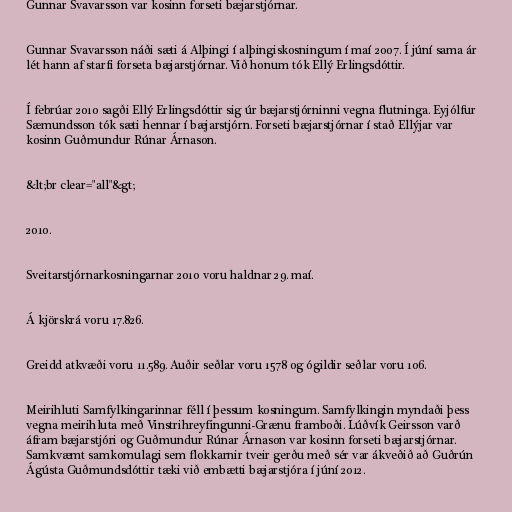
Gunnar Svavarsson var kosinn forseti bæjarstjórnar.

Gunnar Svavarsson náði sæti á Alþingi í alþingiskosningum í maí 2007. Í júní sama ár
lét hann af starfi forseta bæjarstjórnar. Við honum tók Ellý Erlingsdóttir.

Í febrúar 2010 sagði Ellý Erlingsdóttir sig úr bæjarstjórninni vegna flutninga. Eyjólfur
Sæmundsson tók sæti hennar í bæjarstjórn. Forseti bæjarstjórnar í stað Ellýjar var
kosinn Guðmundur Rúnar Árnason.

&lt;br clear="all"&gt;

2010.

Sveitarstjórnarkosningarnar 2010 voru haldnar 29. maí.

Á kjörskrá voru 17.826.

Greidd atkvæði voru 11.589. Auðir seðlar voru 1578 og ógildir seðlar voru 106.

Meirihluti Samfylkingarinnar féll í þessum kosningum. Samfylkingin myndaði þess
vegna meirihluta með Vinstrihreyfingunni-Grænu framboði. Lúðvík Geirsson varð
áfram bæjarstjóri og Guðmundur Rúnar Árnason var kosinn forseti bæjarstjórnar.
Samkvæmt samkomulagi sem flokkarnir tveir gerðu með sér var ákveðið að Guðrún
Ágústa Guðmundsdóttir tæki við embætti bæjarstjóra í júní 2012.